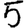
Digit: 5